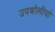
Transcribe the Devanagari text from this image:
उपबोलीयो